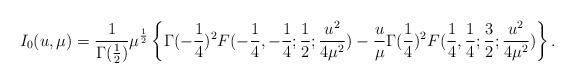
LaTeX: \begin{align*}I_{0}(u,\mu)={1\over \Gamma({1\over2})}\mu^{{1\over2}}\left\{\Gamma(-{1\over 4})^{2}F(-{1\over4},-{1\over4};{1\over2}; {u^{2}\over 4\mu^{2}})-{u\over \mu}\Gamma({1\over 4})^{2} F({1\over4},{1\over4};{3\over2}; {u^{2}\over 4\mu^{2}})\right\}.\end{align*}